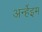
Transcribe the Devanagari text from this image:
अर्न्हेइम